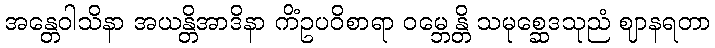
အန္တေဝါသိနာ အယန္တိအာဒိနာ ကိံဥပဝိစာရာ ဝမ္ဘေန္တိ သမုစ္ဆေဒသုညံ ဈာနရတာ